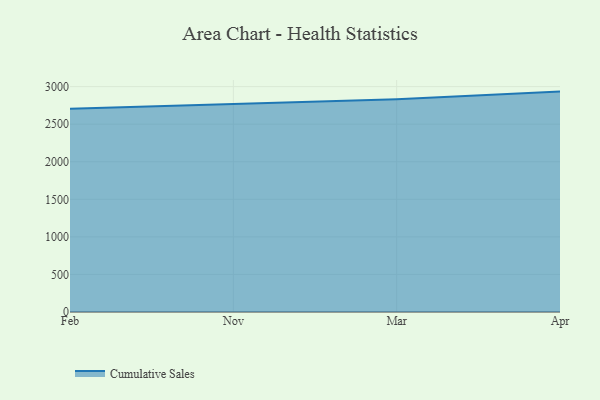
{"axis": {"x": "Month", "y": "Production Output"}, "legend": ["Cumulative Sales"], "data": [{"x": "Feb", "y": 2705.5, "type": "Cumulative Sales"}, {"x": "Nov", "y": 2768.5, "type": "Cumulative Sales"}, {"x": "Mar", "y": 2833.2, "type": "Cumulative Sales"}, {"x": "Apr", "y": 2933.7, "type": "Cumulative Sales"}]}